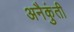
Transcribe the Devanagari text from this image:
अनैकुंती